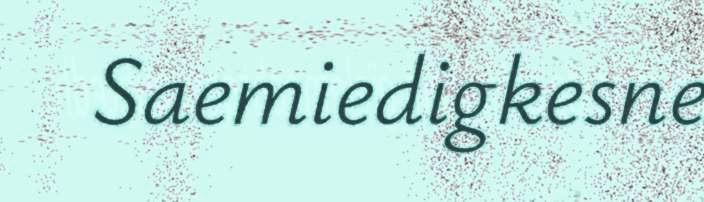
Saemiedigkesne